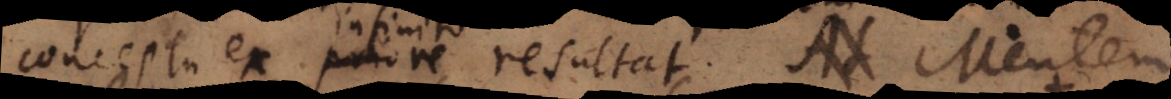
conceptu ex infinito resultat. Mentem